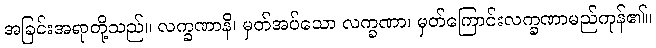
အခြင်းအရာတို့သည်။ လက္ခဏာနိ၊ မှတ်အပ်သော လက္ခဏာ၊ မှတ်ကြောင်းလက္ခဏာမည်ကုန်၏။